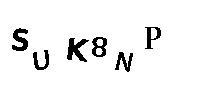
SUK8NP